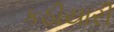
કઠીયારી